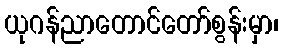
ယုဂန်ညာတောင်တော်စွန်းမှာ၊